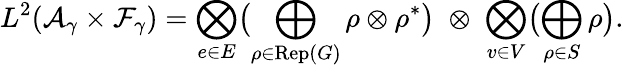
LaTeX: L^{2}({\cal A}_{\gamma}\times{\cal F}_{\gamma})=\bigotimes_{e\in E}\bigl(\bigoplus_{\rho\in\mathrm{Rep}(G)}\rho\otimes\rho^{*}\bigr)\; \otimes\; \bigotimes_{v\in V}\bigl(\bigoplus_{\rho\in S}\rho\bigr).